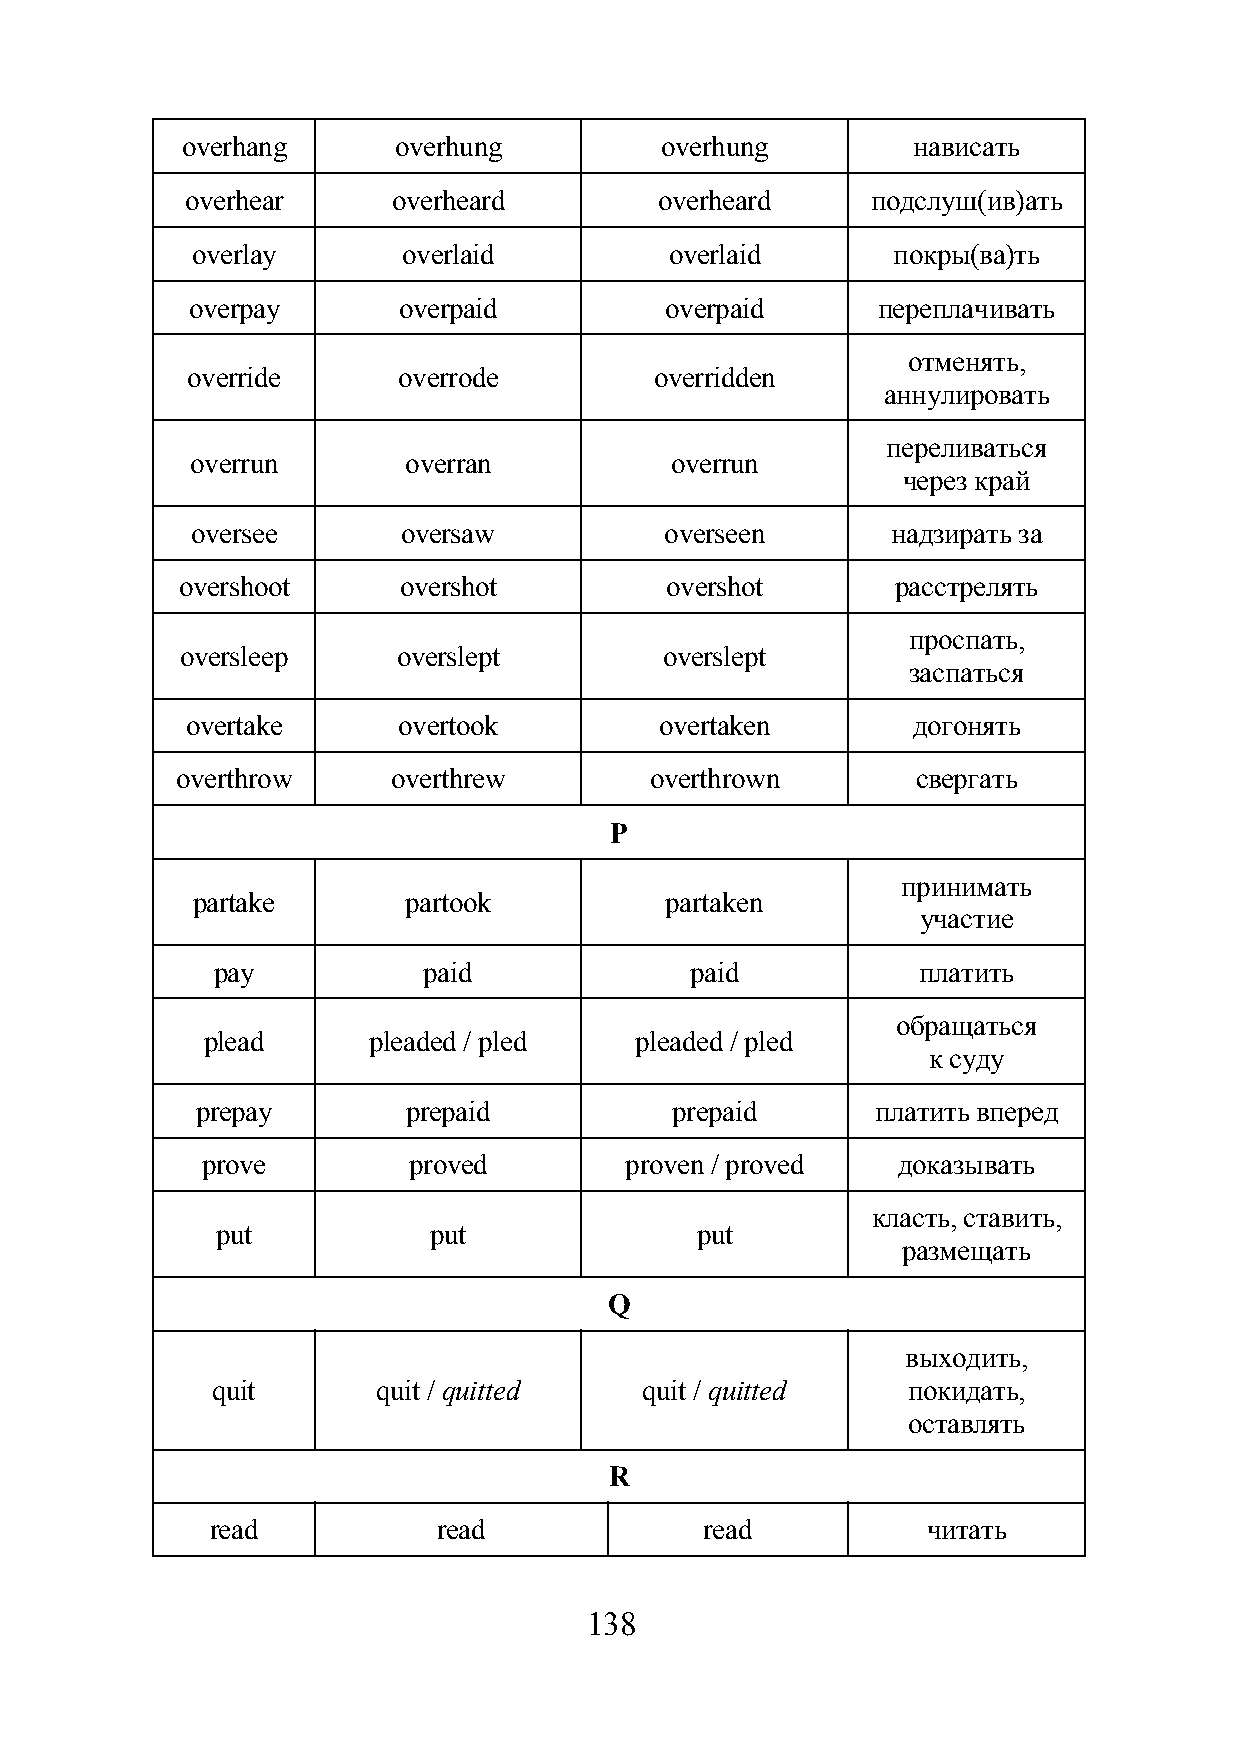
overhang      overhung          overhung        нависать
 overhear      overheard         overheard     подслуш(ив)ать
 overlay       overlaid         overlaid       покры(ва)ть
 overpay       overpaid          overpaid      переплачивать
 отменять,
 override      overrode         overridden
 аннулировать
 переливаться
 overrun       overran          overrun
 через край
 oversee       oversaw          overseen       надзирать за
 overshoot     overshot          overshot       расстрелять
 проспать,
 oversleep     overslept         overslept
 заспаться
 overtake      overtook          overtaken       догонять
 overthrow     overthrew        overthrown        свергать
 P
 принимать
 partake       partook          partaken
 участие
 pay           paid              paid           платить
 обращаться
 plead      pleaded / pled    pleaded / pled
 к суду
 prepay        prepaid          prepaid       платить вперед
 prove         proved        proven / proved   доказывать
 класть, ставить,
 put           put               put
 размещать
 Q
 выходить,
 quit       quit / quitted    quit / quitted   покидать,
 оставлять
 R
 read           read              read          читать
 138